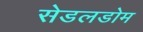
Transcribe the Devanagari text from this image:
सेडलडोम